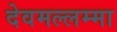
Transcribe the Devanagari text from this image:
देवमल्लम्मा